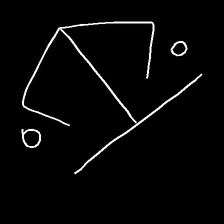
Glyph: earth